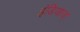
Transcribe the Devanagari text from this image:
इंडियाज्